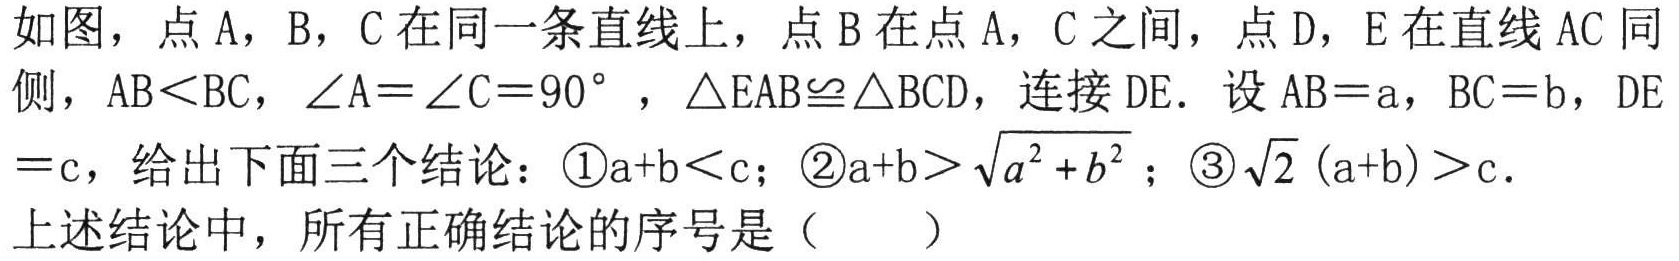
如图，点$A$，$B$，$C$在同一条直线上，点$B$在点$A$，$C$之间，点$D$，$E$在直线$AC$同
侧，$AB < BC$，$\angle A=\angle C = 90^{\circ}$，$\triangle EAB\cong\triangle BCD$，连接$DE$. 设$AB = a$，$BC = b$，$DE$
$= c$，给出下面三个结论：\textcircled{1}$a + b < c$；\textcircled{2}$a + b>\sqrt{a^{2}+b^{2}}$；\textcircled{3}$\sqrt{2}(a + b)>c$.
上述结论中，所有正确结论的序号是（  ）